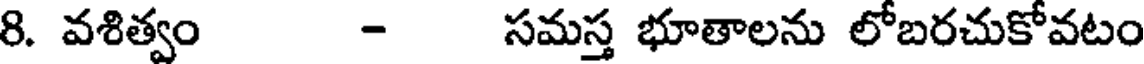
8. వశిత్వం - సమస్త భూతాలను లోబరచుకోవటం